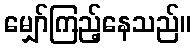
မျှော်ကြည့်နေသည်။